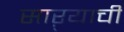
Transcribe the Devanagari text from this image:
साऱ्याची